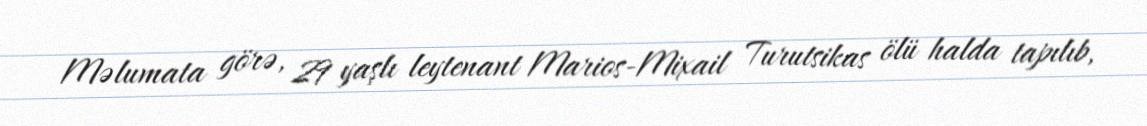
Məlumata görə, 29 yaşlı leytenant Marios-Mixail Turutsikas ölü halda tapılıb,